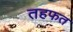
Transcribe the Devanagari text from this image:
तहफत